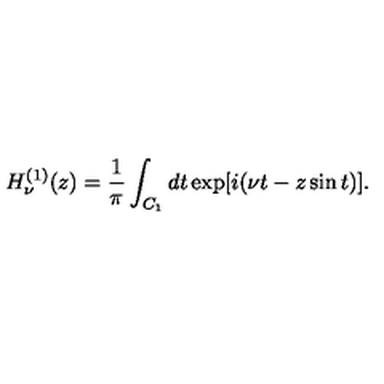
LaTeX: H _ { \nu } ^ { ( 1 ) } ( z ) = \frac { 1 } { \pi } \int _ { C _ { 1 } } d t \exp [ i ( \nu t - z \sin t ) ] .